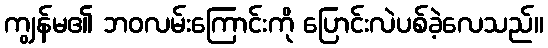
ကျွန်မ၏ ဘဝလမ်းကြောင်းကို ပြောင်းလဲပစ်ခဲ့လေသည်။